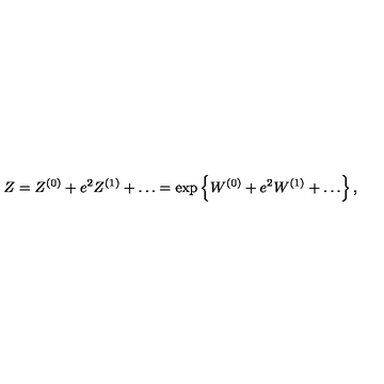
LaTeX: Z = Z ^ { ( 0 ) } + e ^ { 2 } Z ^ { ( 1 ) } + \ldots = \exp \left\{ W ^ { ( 0 ) } + e ^ { 2 } W ^ { ( 1 ) } + \ldots \right\} ,